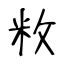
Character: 敉